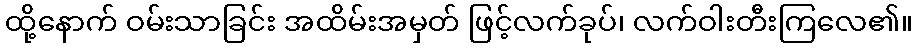
ထို့နောက် ဝမ်းသာခြင်း အထိမ်းအမှတ် ဖြင့်လက်ခုပ်၊ လက်ဝါးတီးကြလေ၏။